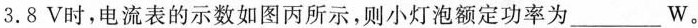
3.8V时，电流表的示数如图丙所示，则小灯泡额定功率为___W。